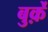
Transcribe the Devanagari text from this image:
बुर्क़े